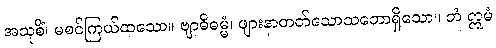
အသုစိံ၊ မစင်ကြယ်ထသော။ ဗျာဓိဓမ္မံ၊ ဖျားနာတတ်သောသဘောရှိသော။ တံ ဣမံ